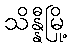
သိန္နီမြို့